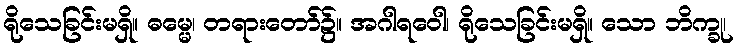
ရိုသေခြင်းမရှိ။ ဓမ္မေ၊ တရားတော်၌။ အဂါရဝေါ၊ ရိုသေခြင်းမရှိ။ သော ဘိက္ခု၊